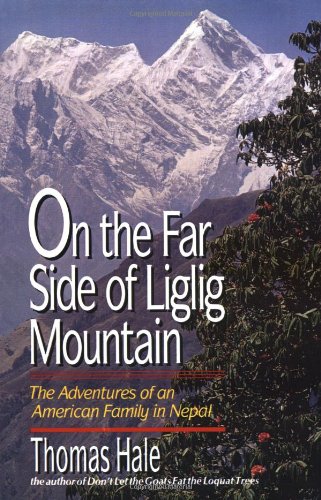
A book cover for On the Far Side of Liglig Mountain; Thomas Hale; Travel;